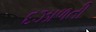
દઝાળતી